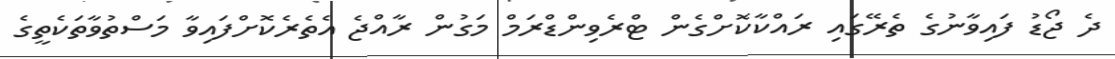
ދެ ޖޯޑު ފައިވާނުގެ ތެރޭގައި ރައްކާކޮށްގެން ޓްރެވިންޑްރަމް މަގުން ރާއްޖެ އެތެރެކޮށްފައިވާ މަސްތުވާތަކެތީގެ